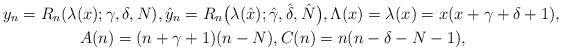
LaTeX: \begin{gather*}y_n = R_n(\lambda ( x);\gamma,\delta,N),\hat{y}_n = R_{n}\big(\lambda (\hat x);\hat{\gamma},\hat{\delta},\hat{N}\big), \Lambda(x) =\lambda ( x)= x(x+\gamma+\delta+1),\\A(n) = (n+\gamma+1)(n-N),C(n) = n(n-\delta-N-1),\end{gather*}